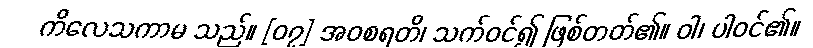
ကိလေသကာမ သည်။ [၀၇] အဝစရတိ၊ သက်ဝင်၍ ဖြစ်တတ်၏။ ဝါ၊ ပါဝင်၏။